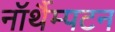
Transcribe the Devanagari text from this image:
नॉर्थैम्पटन